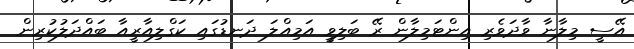
އޭސީ މިލާނާ ވާދަވެރި އިންޓަމިލާން ރޭ ބަލިވީ އަމިއްލަ ދަނޑުގައި ކަގްލިއާރީއާ ބައްދަލުކުރިން